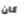
كان